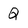
Character: Q